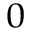
_ 0